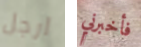
ارجل فأخبرني